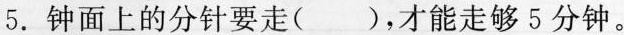
5.钟面上的分针要走( )，才能走够5分钟。